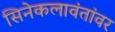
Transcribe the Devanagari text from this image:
सिनेकलावंतांवर